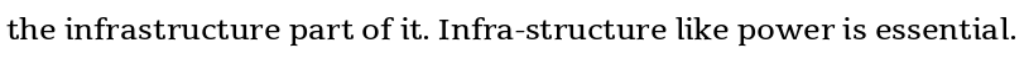
the infrastructure part of it. Infra-structure like power is essential.